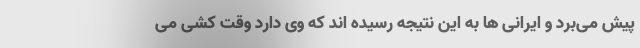
پیش می‌برد و ایرانی ها به این نتیجه رسیده اند که وی دارد وقت کشی می